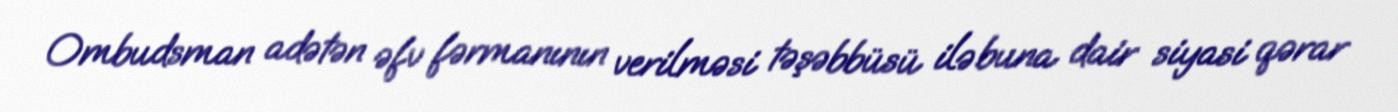
Ombudsman adətən əfv fərmanının verilməsi təşəbbüsü ilə buna dair siyasi qərar